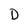
Character: D